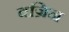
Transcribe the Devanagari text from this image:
वज्रिन